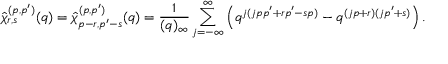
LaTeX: \hat { \chi } _ { r , s } ^ { ( p , p ^ { \prime } ) } ( q ) = \hat { \chi } _ { p - r , p ^ { \prime } - s } ^ { ( p , p ^ { \prime } ) } ( q ) = \frac { 1 } { ( q ) _ { \infty } } \sum _ { j = - \infty } ^ { \infty } \left( q ^ { j ( j p p ^ { \prime } + r p ^ { \prime } - s p ) } - q ^ { ( j p + r ) ( j p ^ { \prime } + s ) } \right) .